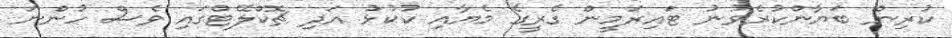
ކުރިން ބަޔާންކުރެވުނު ޓައިރަމީން ގެރީގެ މެޔާއި ކުކުޅު އަދި ޗޮކްލޭޓްގައި ވެސް ހުންނަ